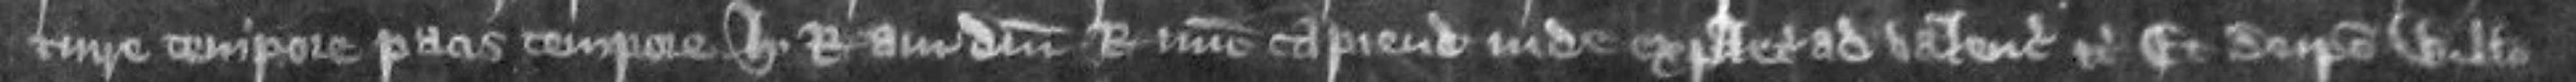
et jure tempore pacis tempore Henrici regis avi domini regis nunc capiendo inde expletias ad valenciam etc Et de ipso Willelmo